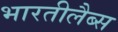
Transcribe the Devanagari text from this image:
भारतीलैब्स